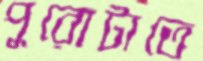
পুরোটাতে